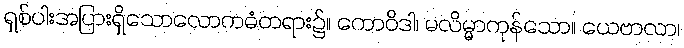
ရှစ်ပါးအပြားရှိသောလောကဓံတရား၌။ ကောဝိဒါ၊ မလိမ္မာကုန်သော။ ယေဗာလာ၊